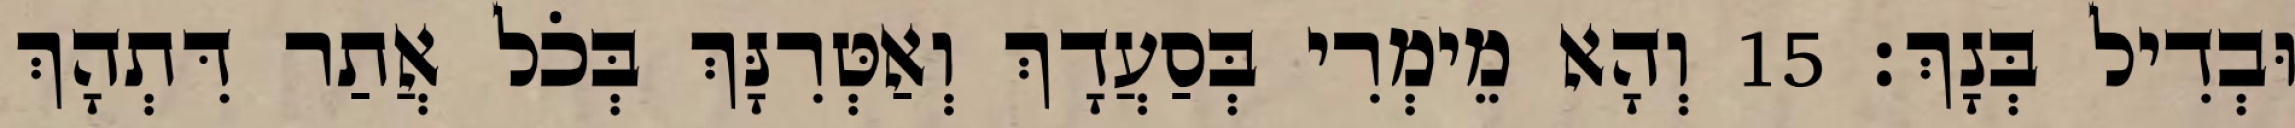
וּבְדִיל בְּנָךְ׃ 15 וְהָא מֵימְרִי בְּסַעֲדָךְ וְאַטְּרִנָּךְ בְּכֹל אֲתַר דִּתְהָךְ